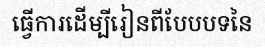
ធ្វើការដើម្បីរៀនពីបែបបទនៃ